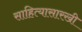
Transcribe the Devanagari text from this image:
साहित्यासारखी